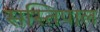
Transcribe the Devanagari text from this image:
सस्तिपाल